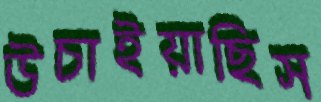
উচাইয়াছিস